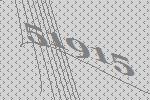
51915